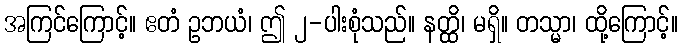
အကြင်ကြောင့်။ ဧတံ ဥဘယံ၊ ဤ ၂-ပါးစုံသည်။ နတ္ထိ၊ မရှိ။ တသ္မာ၊ ထို့ကြောင့်။